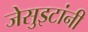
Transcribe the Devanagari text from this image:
जेसुइटांनी